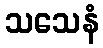
သသေနံ